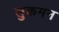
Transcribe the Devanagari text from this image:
लुकमन